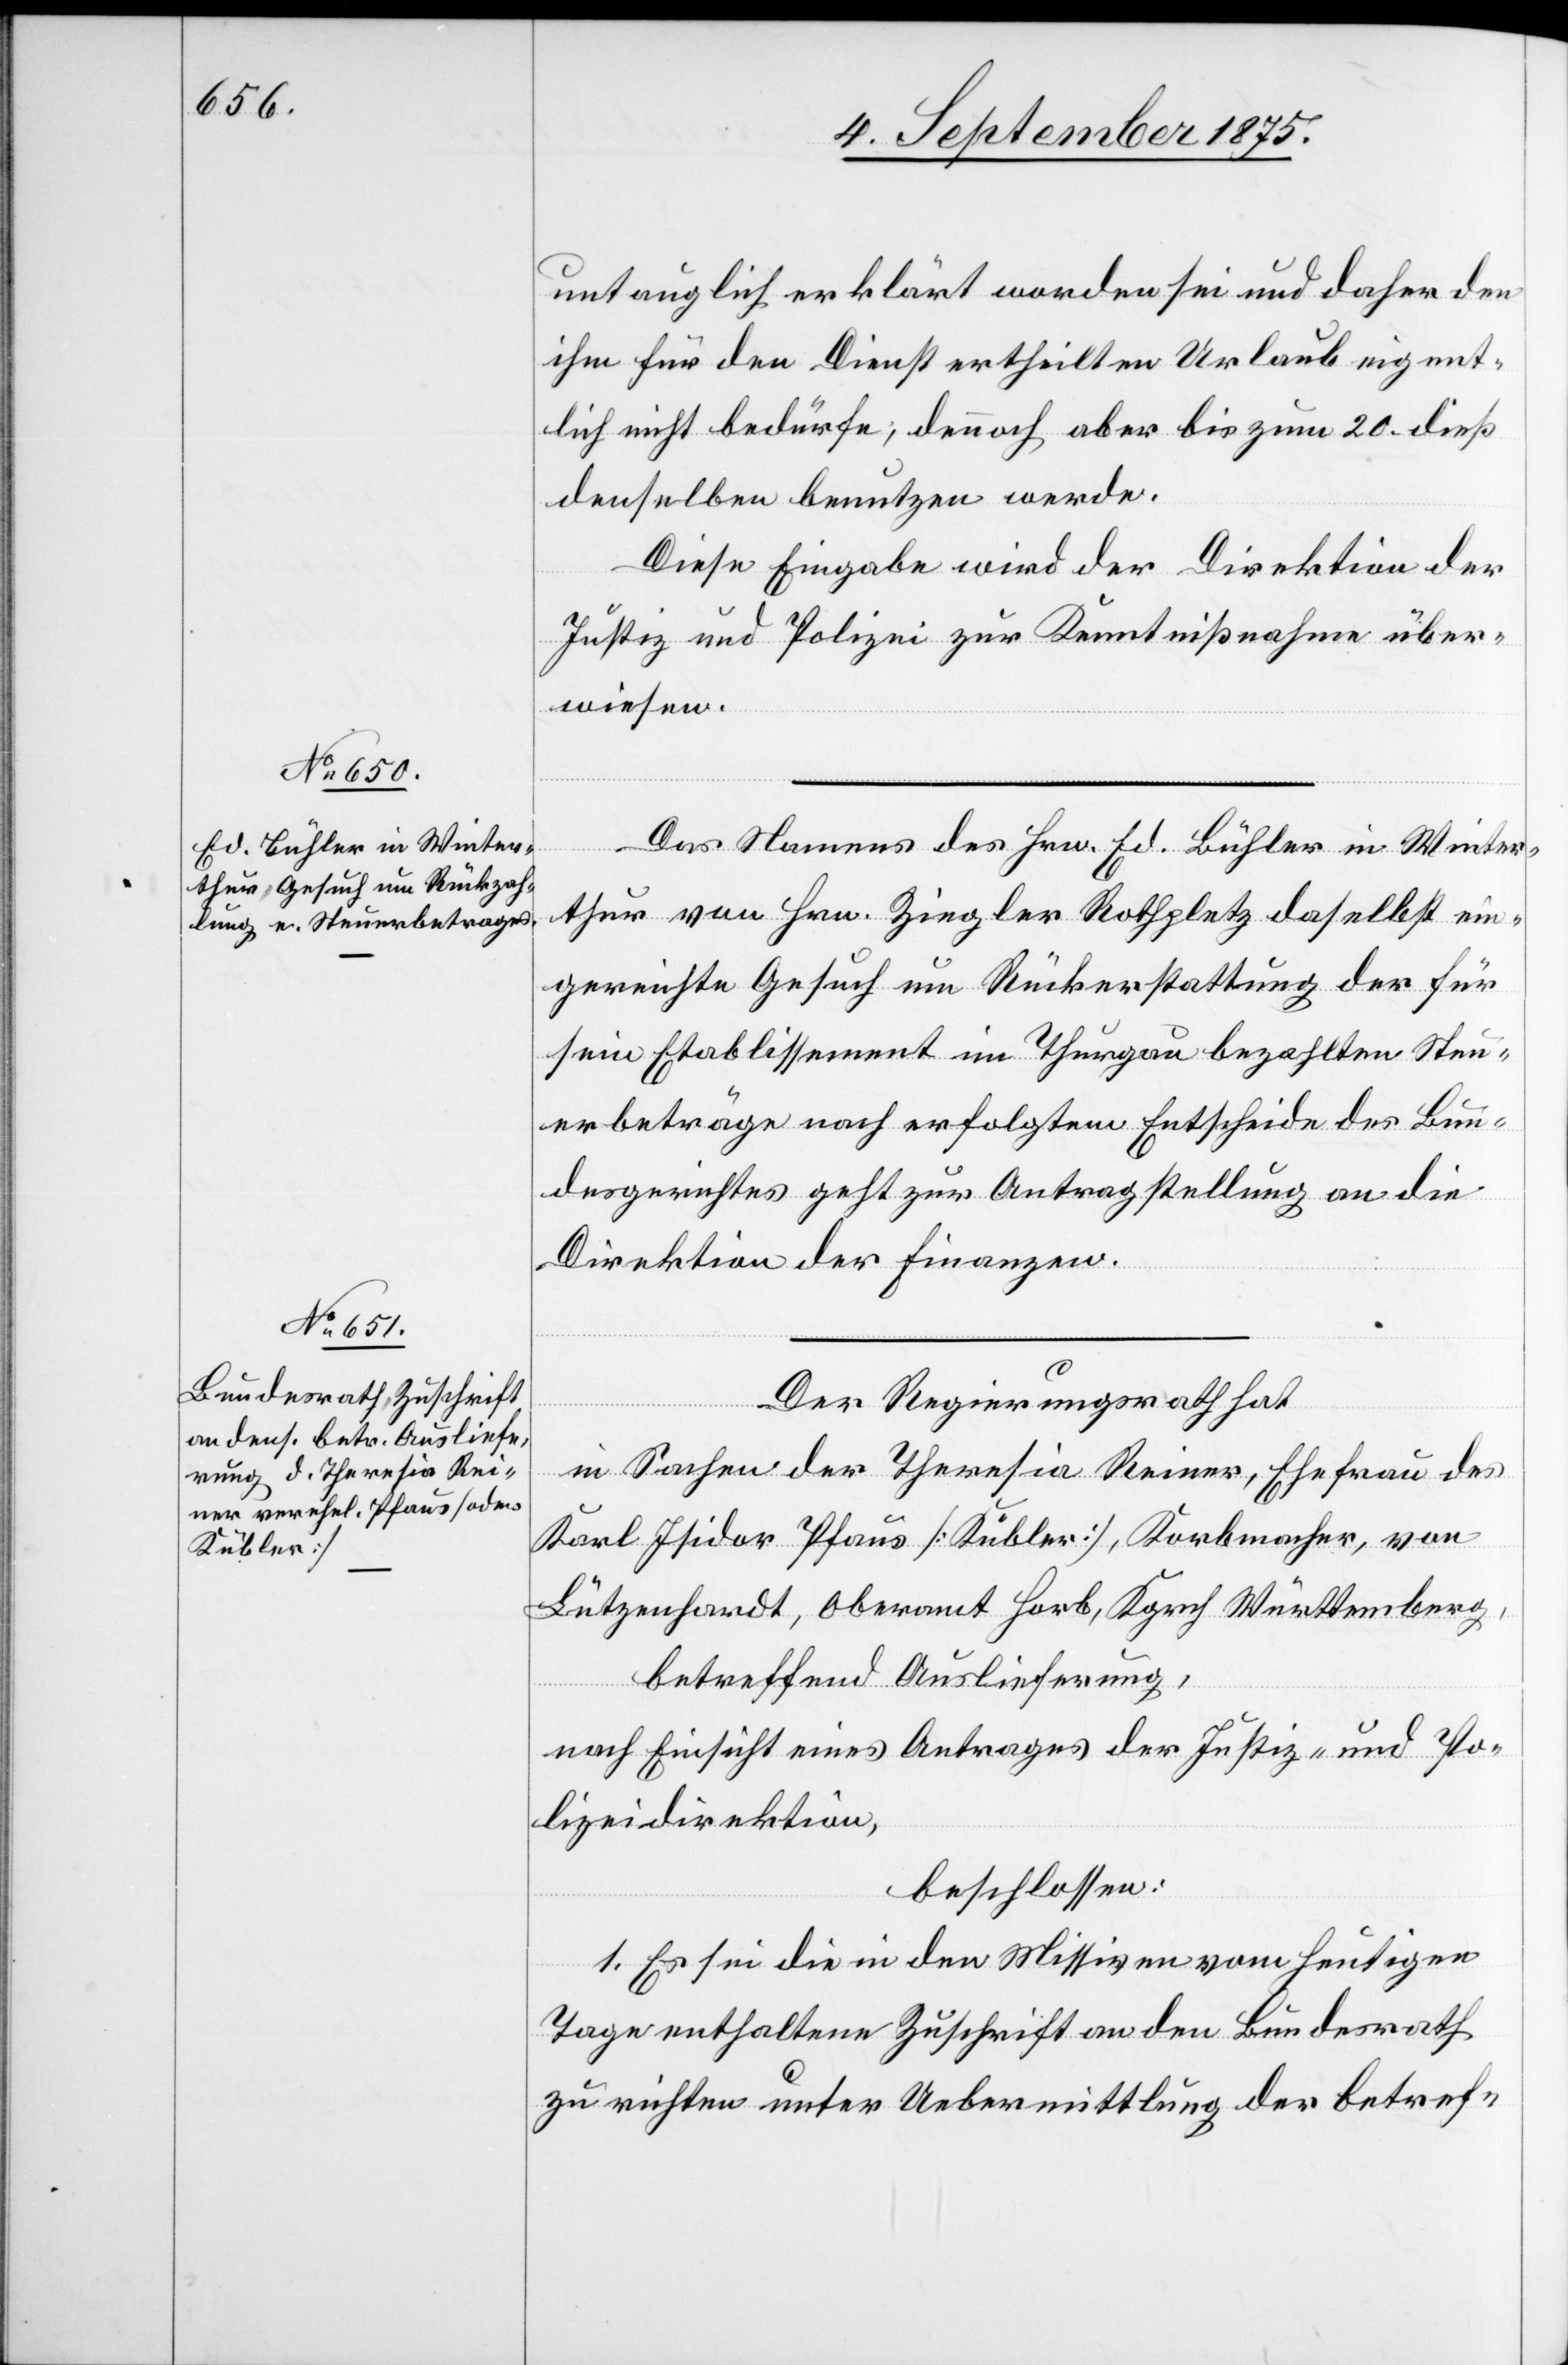
11. September 1875.]
untauglich erklärt worden sei und daher den
ihm für den Dienst ertheilten Urlaub eigent¬
lich nicht bedürfe, dennoch aber bis zum 20. dieß
denselben benutzen werde.
Diese Eingabe wird der Direktion der
Justiz und Polizei zur Kenntnißnahme über¬
wiesen.
Das Namens des Hrn. Ed. Bühler in Winter¬
thur von Hrn. Ziegler Rothpletz daselbst ein¬
gereichte Gesuch um Rückerstattung der für
sein Etablissement im Thurgau bezahlten Steu¬
erbeträge nach erfolgtem Entscheide des Bun¬
desgerichtes geht zur Antragstellung an die
Direktion der Finanzen.
Der Regierungsrath hat
in Sachen der Theresia Reiner, Ehefrau des
Karl Isidor Pfaus [Kübler], Korbmacher, von
Lützenhardt, Oberamt Horb, Kgrch. Württenberg,
betreffend Auslieferung,
nach Einsicht eines Antrages der Justiz- und Po¬
lizeidirektion,
beschlossen:
1. Es sei die in den Missiven vom heutigen
Tage enthaltene Zuschrift an den Bundesrath
zu richten unter Uebermittlung der betref-